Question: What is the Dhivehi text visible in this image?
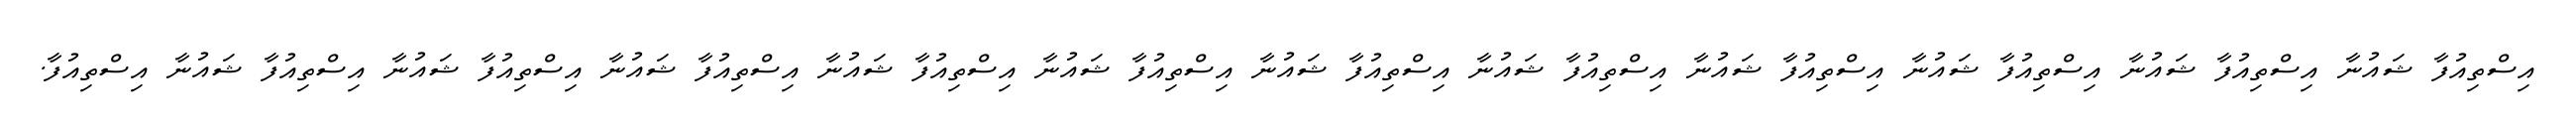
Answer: އިސްތިއުފާ ޝައުނާ އިސްތިއުފާ ޝައުނާ އިސްތިއުފާ ޝައުނާ އިސްތިއުފާ ޝައުނާ އިސްތިއުފާ ޝައުނާ އިސްތިއުފާ ޝައުނާ އިސްތިއުފާ ޝައުނާ އިސްތިއުފާ ޝައުނާ އިސްތިއުފާ ޝައުނާ އިސްތިއުފާ ޝައުނާ އިސްތިއުފާ ޝައުނާ އިސްތިއުފާ.